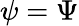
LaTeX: \psi=\Psi